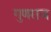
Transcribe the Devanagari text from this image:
गुणराज